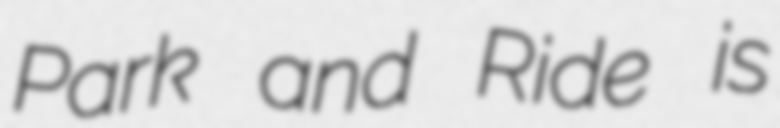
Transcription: Park and Ride is